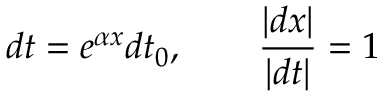
d t = e ^ { \alpha x } d t _ { 0 } , \qquad { \frac { | d x | } { | d t | } } = 1